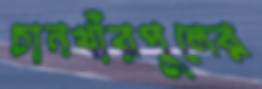
চানখাঁরপুলের